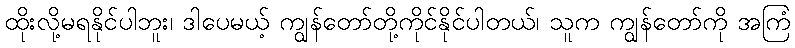
ထိုးလို့မရနိုင်ပါဘူး၊ ဒါပေမယ့် ကျွန်တော်တို့ကိုင်နိုင်ပါတယ်၊ သူက ကျွန်တော်ကို အကြံ